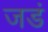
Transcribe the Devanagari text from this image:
जडं